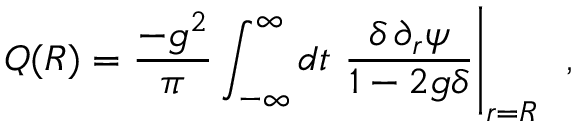
Q ( R ) = \frac { - g ^ { 2 } } { \pi } \int _ { - \infty } ^ { \infty } d t ~ \frac { \delta \, \partial _ { r } \psi } { 1 - 2 g \delta } \Biggr | _ { r = R } ~ ~ ,